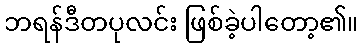
ဘရန်ဒီတပုလင်း ဖြစ်ခဲ့ပါတော့၏။